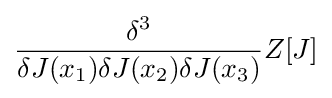
{\frac {\delta ^{3}}{\delta J(x_{1})\delta J(x_{2})\delta J(x_{3})}}Z[J]